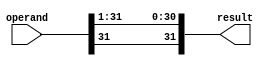
module shiftr1(operand, result);
	input [31:0] operand;
	output [31:0] result;
	
	assign result[30:0] = operand[31:1];
	
	assign result[31] = operand[31];
	
endmodule